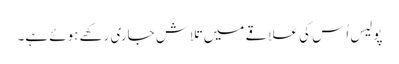
پولیس اُس کی علاقے میں تلاش جاری رکھے ہوئے ہے۔